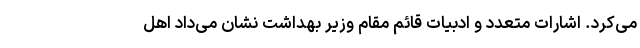
می‌کرد. اشارات متعدد و ادبیات قائم مقام وزیر بهداشت نشان می‌داد اهل